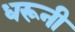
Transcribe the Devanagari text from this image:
धरूनी